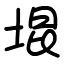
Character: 堒